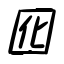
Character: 囮